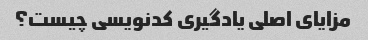
مزایای اصلی یادگیری کدنویسی چیست؟